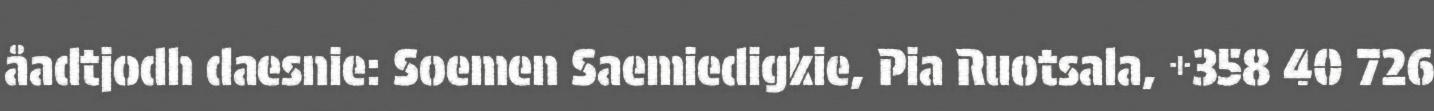
åadtjodh daesnie: Soemen Saemiedigkie, Pia Ruotsala, +358 40 726